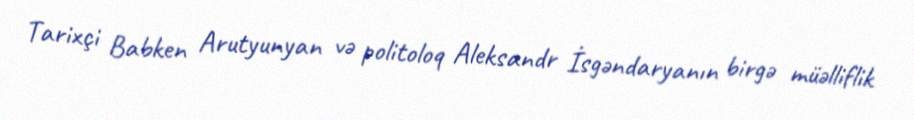
Tarixçi Babken Arutyunyan və politoloq Aleksandr İsgəndaryanın birgə müəlliflik